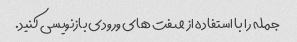
جمله را با استفاده از صفت های ورودی بازنویسی کنید.